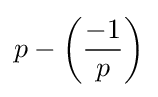
p-\left({\frac {-1}{p}}\right)